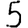
Digit: 5